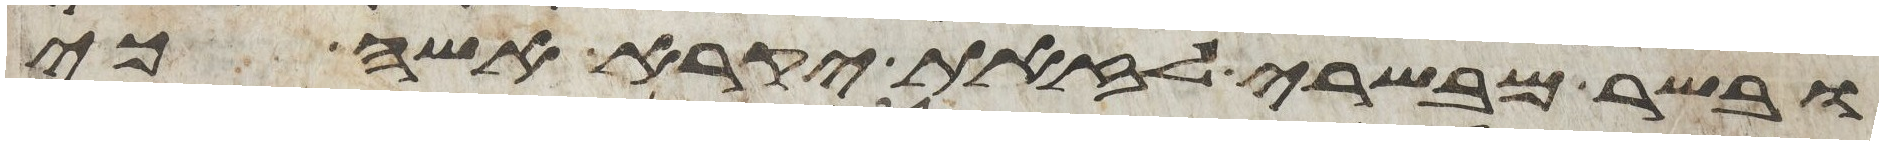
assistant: ובשר מבשרי לזאת יקרא אשה כי